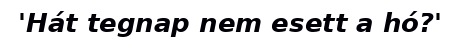
'Hát tegnap nem esett a hó?'